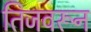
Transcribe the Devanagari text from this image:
तिजवरून